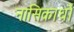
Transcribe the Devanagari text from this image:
नासिकार्धों